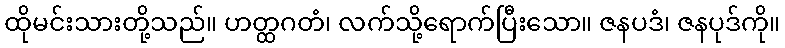
ထိုမင်းသားတို့သည်။ ဟတ္ထဂတံ၊ လက်သို့ရောက်ပြီးသော။ ဇနပဒံ၊ ဇနပုဒ်ကို။